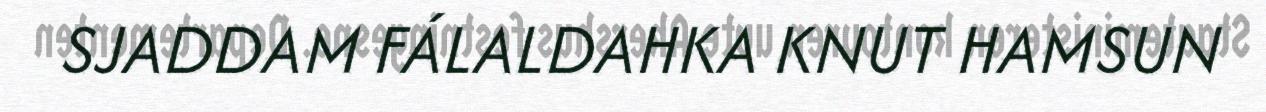
SJADDAM FÁLALDAHKA KNUT HAMSUN